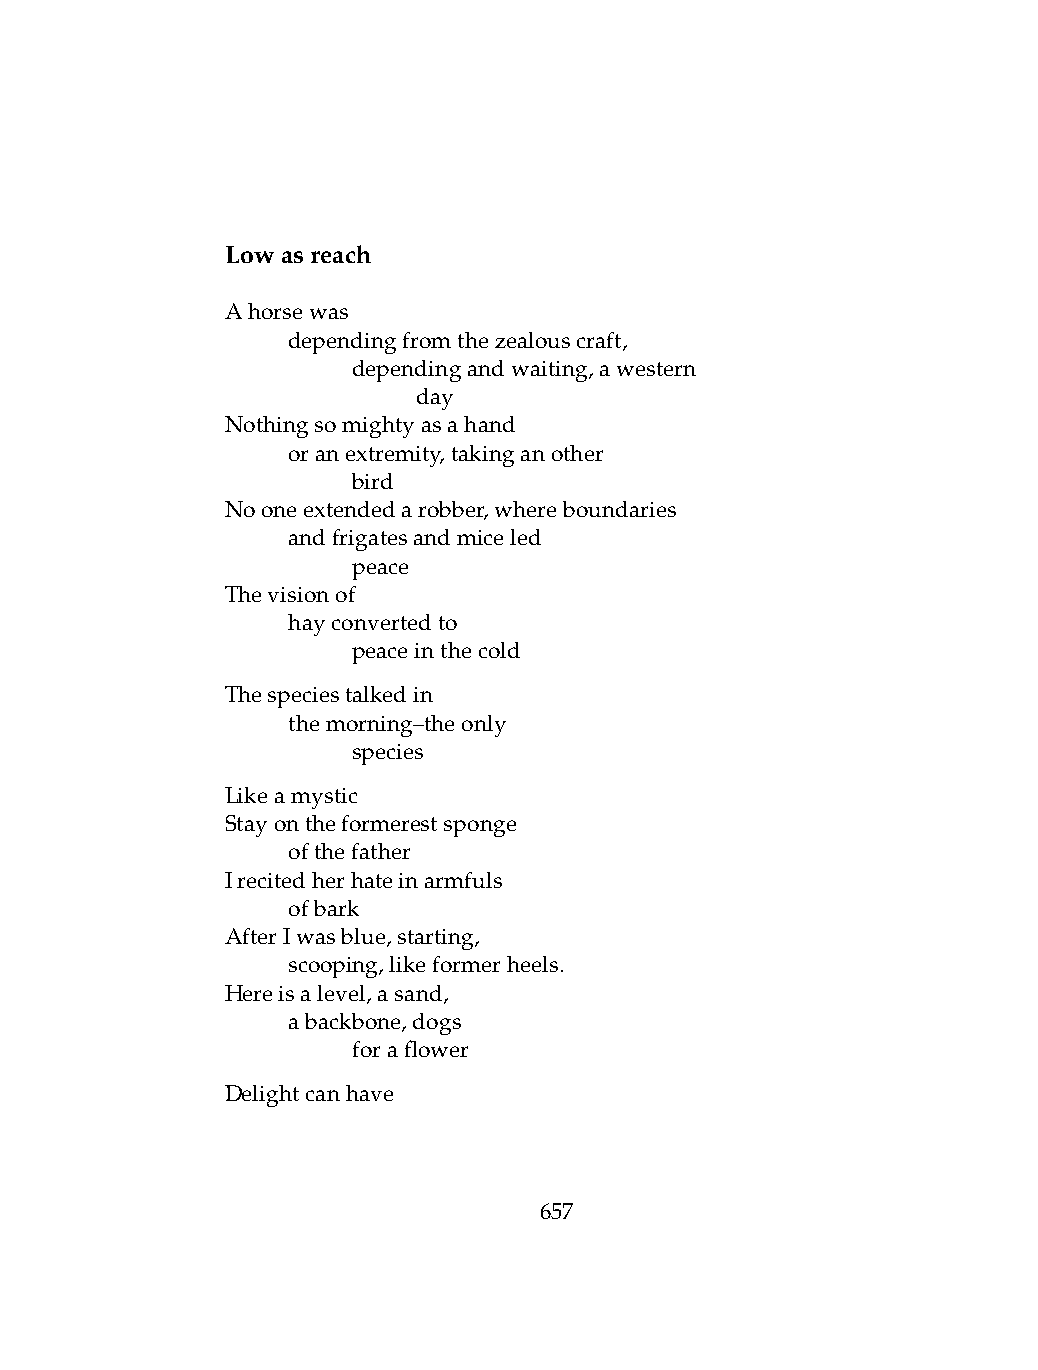
Lowasreach
 Ahorsewas
 .   dependingfromthezealouscraft,
 .   .   dependingandwaiting,awestern
 .   .   .    day
 Nothingsomightyasahand
 .   oranextremity,takinganother
 .   .   bird
 Nooneextendedarobber,whereboundaries
 .   andfrigatesandmiceled
 .   .   peace
 Thevisionof
 .   hayconvertedto
 .   .   peaceinthecold
 Thespeciestalkedin
 .   themorning–theonly
 .   .   species
 Likeamystic
 Stayontheformerestsponge
 .   ofthefather
 Irecitedherhateinarmfuls
 .   ofbark
 AfterIwasblue,starting,
 .   scooping,likeformerheels.
 Hereisalevel,asand,
 .   abackbone,dogs
 .   .   foraflower
 Delightcanhave
 657